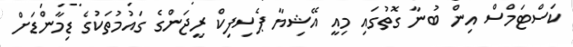
ކަސްޓަމްސް އިން ބުނާ ގޮތުގައި މިއީ އޭޝިޔާ ޕެސިފިކް ރީޖަންގެ ގައުމުތަކުގެ ޑިމާންޑަށް